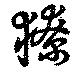
獠